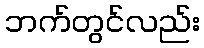
ဘက်တွင်လည်း